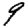
Digit: 9